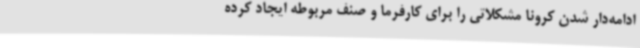
ادامه‌دار شدن کرونا مشکلاتی را برای کارفرما و صنف مربوطه ایجاد کرده